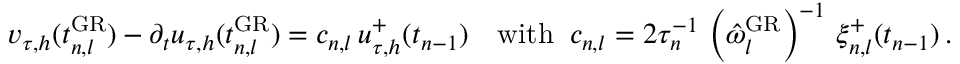
\boldsymbol v _ { \tau , h } ( t _ { n , l } ^ { \mathrm { G R } } ) - \partial _ { t } \boldsymbol u _ { \tau , h } ( t _ { n , l } ^ { \mathrm { G R } } ) = c _ { n , l } \, \boldsymbol u _ { \tau , h } ^ { + } ( t _ { n - 1 } ) \quad \mathrm { w i t h } \; \; c _ { n , l } = 2 \tau _ { n } ^ { - 1 } \, \left( \hat { \omega } _ { l } ^ { \mathrm { G R } } \right) ^ { - 1 } \, \xi _ { n , l } ^ { + } ( t _ { n - 1 } ) \, .